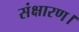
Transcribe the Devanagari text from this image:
संक्षारण।